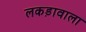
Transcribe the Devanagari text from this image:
लकड़ावाला